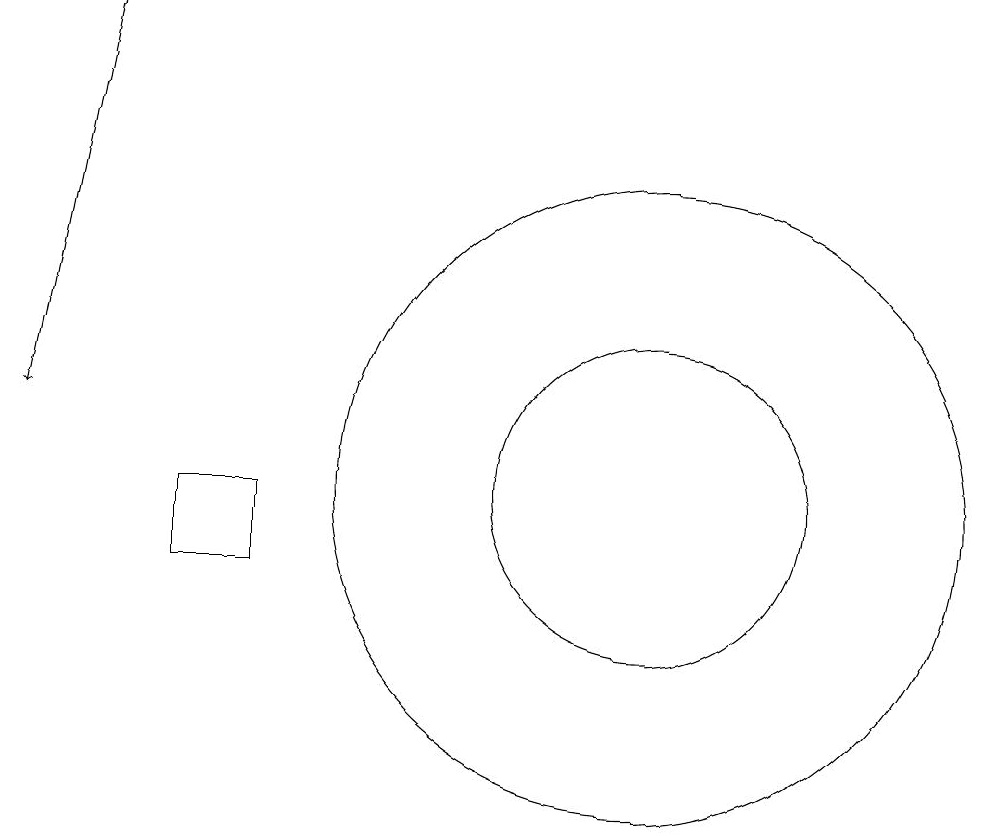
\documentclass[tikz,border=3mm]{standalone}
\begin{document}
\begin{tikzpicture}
\draw (11,11) circle (2);
\draw (11,11) circle (4);
\draw (12,11) circle (0);
\draw (5,10) rectangle (6,11);
\draw[->] (4,17) -- (3,12);
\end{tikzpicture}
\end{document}